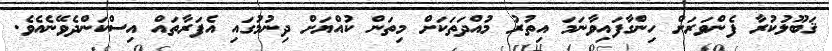
ޤަބޫލުކުރާ ފެންވަރަށް ހިިންގާފައިވާނަމަ އިތުރު މުއްދަތަކަށް މިތަން ކުއްޔަށް ދިނުމުގައި އެފަރާތައް އިސްކަންދެވޭނެއެވެ.